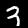
Digit: 3